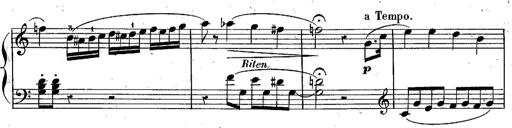
Title: Piano Sonatine
Composer: Jacques-Louis Battmann